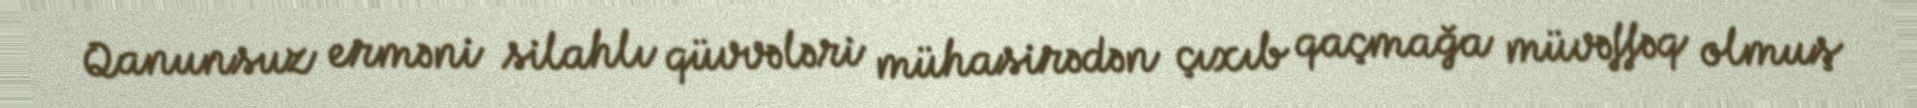
Qanunsuz erməni silahlı qüvvələri mühasirədən çıxıb qaçmağa müvəffəq olmuş